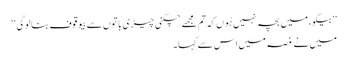
’’بیگو، میں بچہ نہیں ہُوں کہ تم مجھے چکنی چیڑی باتوں سے بیوقوف بنالوگی‘‘
میں نے غصہ میں اس سے کہا۔